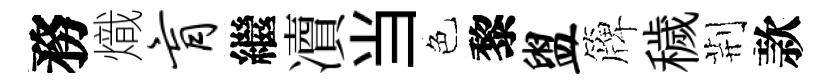
務熾肓繼凟当色黎盥簰穢荆款